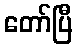
တော်ပြီ